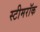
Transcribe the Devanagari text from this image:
स्टीमरॉक